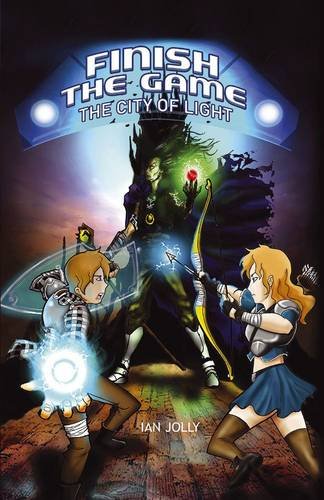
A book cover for Finish the Game: The City of Light; Ian Jolly; Comics & Graphic Novels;